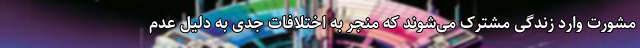
مشورت وارد زندگی مشترک می‌شوند که منجر به اختلافات جدی به دلیل عدم